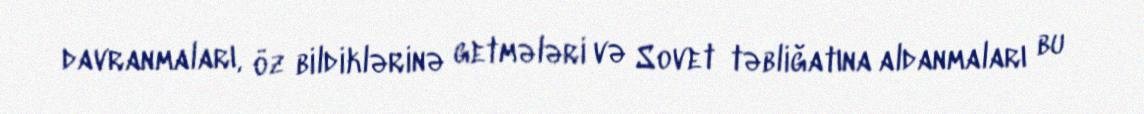
davranmaları, öz bildiklərinə getmələri və Sovet təbliğatına aldanmaları bu